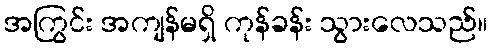
အကြွင်း အကျန်မရှိ ကုန်ခန်း သွားလေသည်။